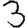
Digit: 3